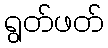
ရွတ်ဖတ်